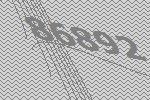
86892